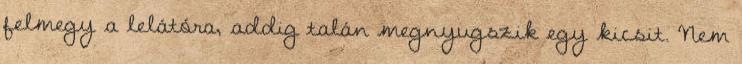
felmegy a lelátóra, addig talán megnyugszik egy kicsit. Nem